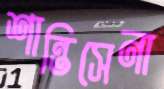
শান্তিসেনা